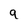
Character: 9